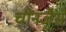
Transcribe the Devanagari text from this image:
चीनजैसे